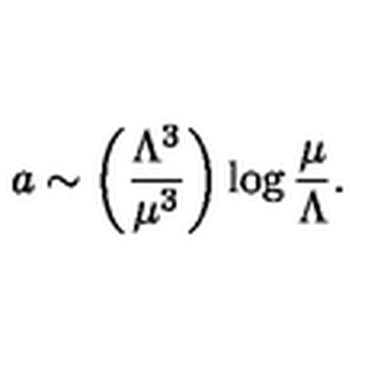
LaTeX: a \sim \left( { \frac { \Lambda ^ { 3 } } { \mu ^ { 3 } } } \right) \log { \frac { \mu } { \Lambda } } .